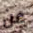
عن